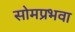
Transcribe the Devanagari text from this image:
सोमप्रभवा